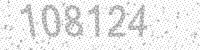
Solution: 108124